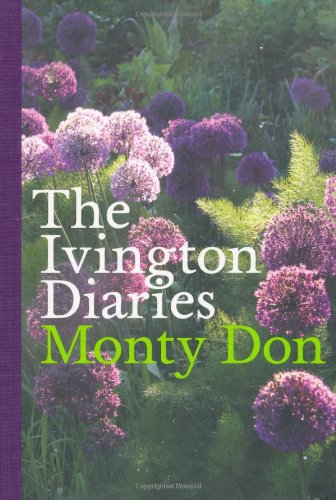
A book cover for The Ivington Diaries; Monty Don; Crafts, Hobbies & Home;